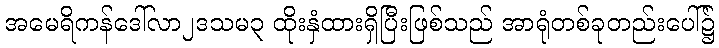
အမေရိကန်ဒေါ်လာ၂ဒသမ၃ ထိုးနှံထားရှိပြီးဖြစ်သည် အာရုံတစ်ခုတည်းပေါ်၌